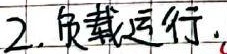
2. 负载运行